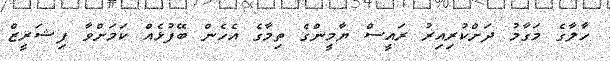
ހާލާގެ މަގާމު ދަށްކުރިއިރު ރައީސް ޔާމީންގެ ތިމާގެ އެހެން ބޭފުޅެއް ކަމަށްވާ ފިޝަރީޒް